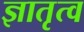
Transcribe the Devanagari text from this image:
ज्ञातृत्व